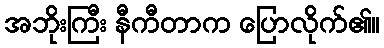
အဘိုးကြီး နီကီတာက ပြောလိုက်၏။